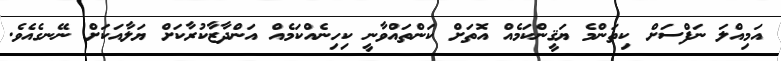
އަމިއްލަ ނަފްސަށް ކިތަންމެ ޔަޤީންކަމެއް އޮތަށް ކަންތައްވާނީ ކިހިނެއްކަމެއް އަންދާޒާކުރާކަށް ޔަލާއަކަށް ނޭނގެއެވެ.